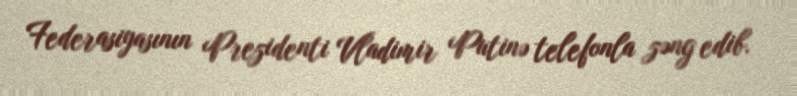
Federasiyasının Prezidenti Vladimir Putinə telefonla zəng edib.